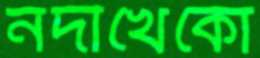
নদীখেকো